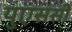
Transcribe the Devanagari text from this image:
युएससी